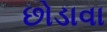
છોડાવા